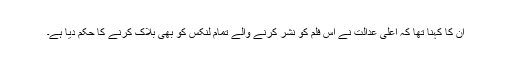
ان کا کہنا تھا کہ اعلیٰ عدالت نے اس فلم کو نشر کرنے والے تمام لنکس کو بھی بلاک کرنے کا حکم دیا ہے۔